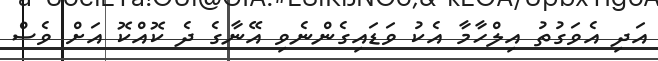
އަދި އެވަގުތު އިލްހާމާ އެކު ވަޑައިގެންނެވި އޭނާގެ ދެ ކޮއްކޮ އަށް ވެސް